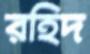
রহিদ